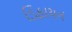
ડિફાયન